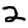
Digit: 2